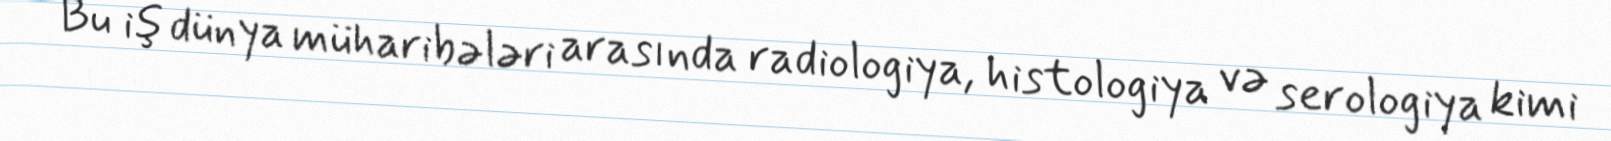
Bu iş dünya müharibələri arasında radiologiya, histologiya və serologiya kimi